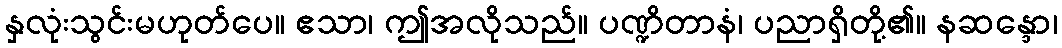
နှလုံးသွင်းမဟုတ်ပေ။ ဧသာ၊ ဤအလိုသည်။ ပဏ္ဍိတာနံ၊ ပညာရှိတို့၏။ နဆန္ဒော၊